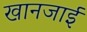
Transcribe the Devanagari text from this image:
खानजाई